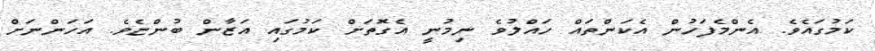
ކަމުގައެވެ. އެންމެފަހުން އެކަންތައް ހައްލުވެ ނިމުނީ އެގޮތަށް ކަމުގައި އަޒާން ބުންޏެވެ. އަހަންނަށް